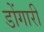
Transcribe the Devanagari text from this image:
डोंगारी